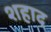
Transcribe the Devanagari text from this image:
शहाद